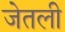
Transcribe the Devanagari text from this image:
जेतली